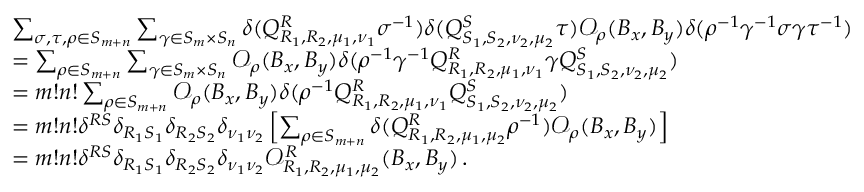
\begin{array} { r l } { } & { \sum _ { \sigma , \tau , \rho \in S _ { m + n } } \sum _ { \gamma \in S _ { m } \times S _ { n } } \delta ( Q _ { R _ { 1 } , R _ { 2 } , \mu _ { 1 } , \nu _ { 1 } } ^ { R } \sigma ^ { - 1 } ) \delta ( Q _ { S _ { 1 } , S _ { 2 } , \nu _ { 2 } , \mu _ { 2 } } ^ { S } \tau ) \mathcal { O } _ { \rho } ( B _ { x } , B _ { y } ) \delta ( \rho ^ { - 1 } \gamma ^ { - 1 } \sigma \gamma \tau ^ { - 1 } ) } \\ { } & { = \sum _ { \rho \in S _ { m + n } } \sum _ { \gamma \in S _ { m } \times S _ { n } } \mathcal { O } _ { \rho } ( B _ { x } , B _ { y } ) \delta ( \rho ^ { - 1 } \gamma ^ { - 1 } Q _ { R _ { 1 } , R _ { 2 } , \mu _ { 1 } , \nu _ { 1 } } ^ { R } \gamma Q _ { S _ { 1 } , S _ { 2 } , \nu _ { 2 } , \mu _ { 2 } } ^ { S } ) } \\ { } & { = m ! n ! \sum _ { \rho \in S _ { m + n } } \mathcal { O } _ { \rho } ( B _ { x } , B _ { y } ) \delta ( \rho ^ { - 1 } Q _ { R _ { 1 } , R _ { 2 } , \mu _ { 1 } , \nu _ { 1 } } ^ { R } Q _ { S _ { 1 } , S _ { 2 } , \nu _ { 2 } , \mu _ { 2 } } ^ { S } ) } \\ { } & { = m ! n ! \delta ^ { R S } \delta _ { R _ { 1 } S _ { 1 } } \delta _ { R _ { 2 } S _ { 2 } } \delta _ { \nu _ { 1 } \nu _ { 2 } } \left[ \sum _ { \rho \in S _ { m + n } } \delta ( Q _ { R _ { 1 } , R _ { 2 } , \mu _ { 1 } , \mu _ { 2 } } ^ { R } \rho ^ { - 1 } ) \mathcal { O } _ { \rho } ( B _ { x } , B _ { y } ) \right] } \\ { } & { = m ! n ! \delta ^ { R S } \delta _ { R _ { 1 } S _ { 1 } } \delta _ { R _ { 2 } S _ { 2 } } \delta _ { \nu _ { 1 } \nu _ { 2 } } \mathcal { O } _ { R _ { 1 } , R _ { 2 } , \mu _ { 1 } , \mu _ { 2 } } ^ { R } ( B _ { x } , B _ { y } ) \, . } \end{array}